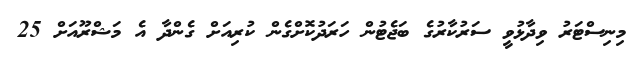
މިނިސްޓަރު ވިދާޅުވީ ސަރުކާރުގެ ބަޖެޓުން ހަރަދުކޮށްގެން ކުރިއަށް ގެންދާ އެ މަޝްރޫއަށް 25